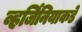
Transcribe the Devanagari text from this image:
व्हर्जिनियाकडे